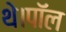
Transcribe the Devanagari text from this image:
थे।पॉल